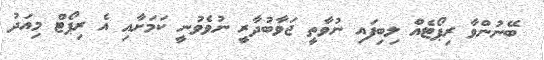
ބޭނުންވާ ރިޕޯޓެއް ލިބިފައި ނުވާތީ ޖަވާބުދާރީ ނުވެވުނީ ކަމަށާއި އެ ރިޕޯޓް މިއަދު